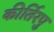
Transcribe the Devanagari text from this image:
कीर्तिरपु